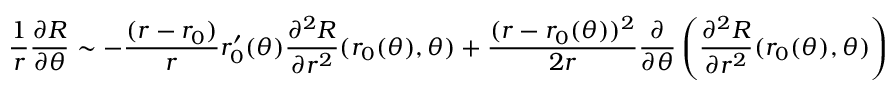
\frac { 1 } { r } \frac { \partial R } { \partial \theta } \sim - \frac { ( r - r _ { 0 } ) } { r } r _ { 0 } ^ { \prime } ( \theta ) \frac { \partial ^ { 2 } R } { \partial r ^ { 2 } } ( r _ { 0 } ( \theta ) , \theta ) + \frac { ( r - r _ { 0 } ( \theta ) ) ^ { 2 } } { 2 r } \frac { \partial } { \partial \theta } \left( \frac { \partial ^ { 2 } R } { \partial r ^ { 2 } } ( r _ { 0 } ( \theta ) , \theta ) \right)